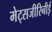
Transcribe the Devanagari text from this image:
मेट्सजीरिनीई